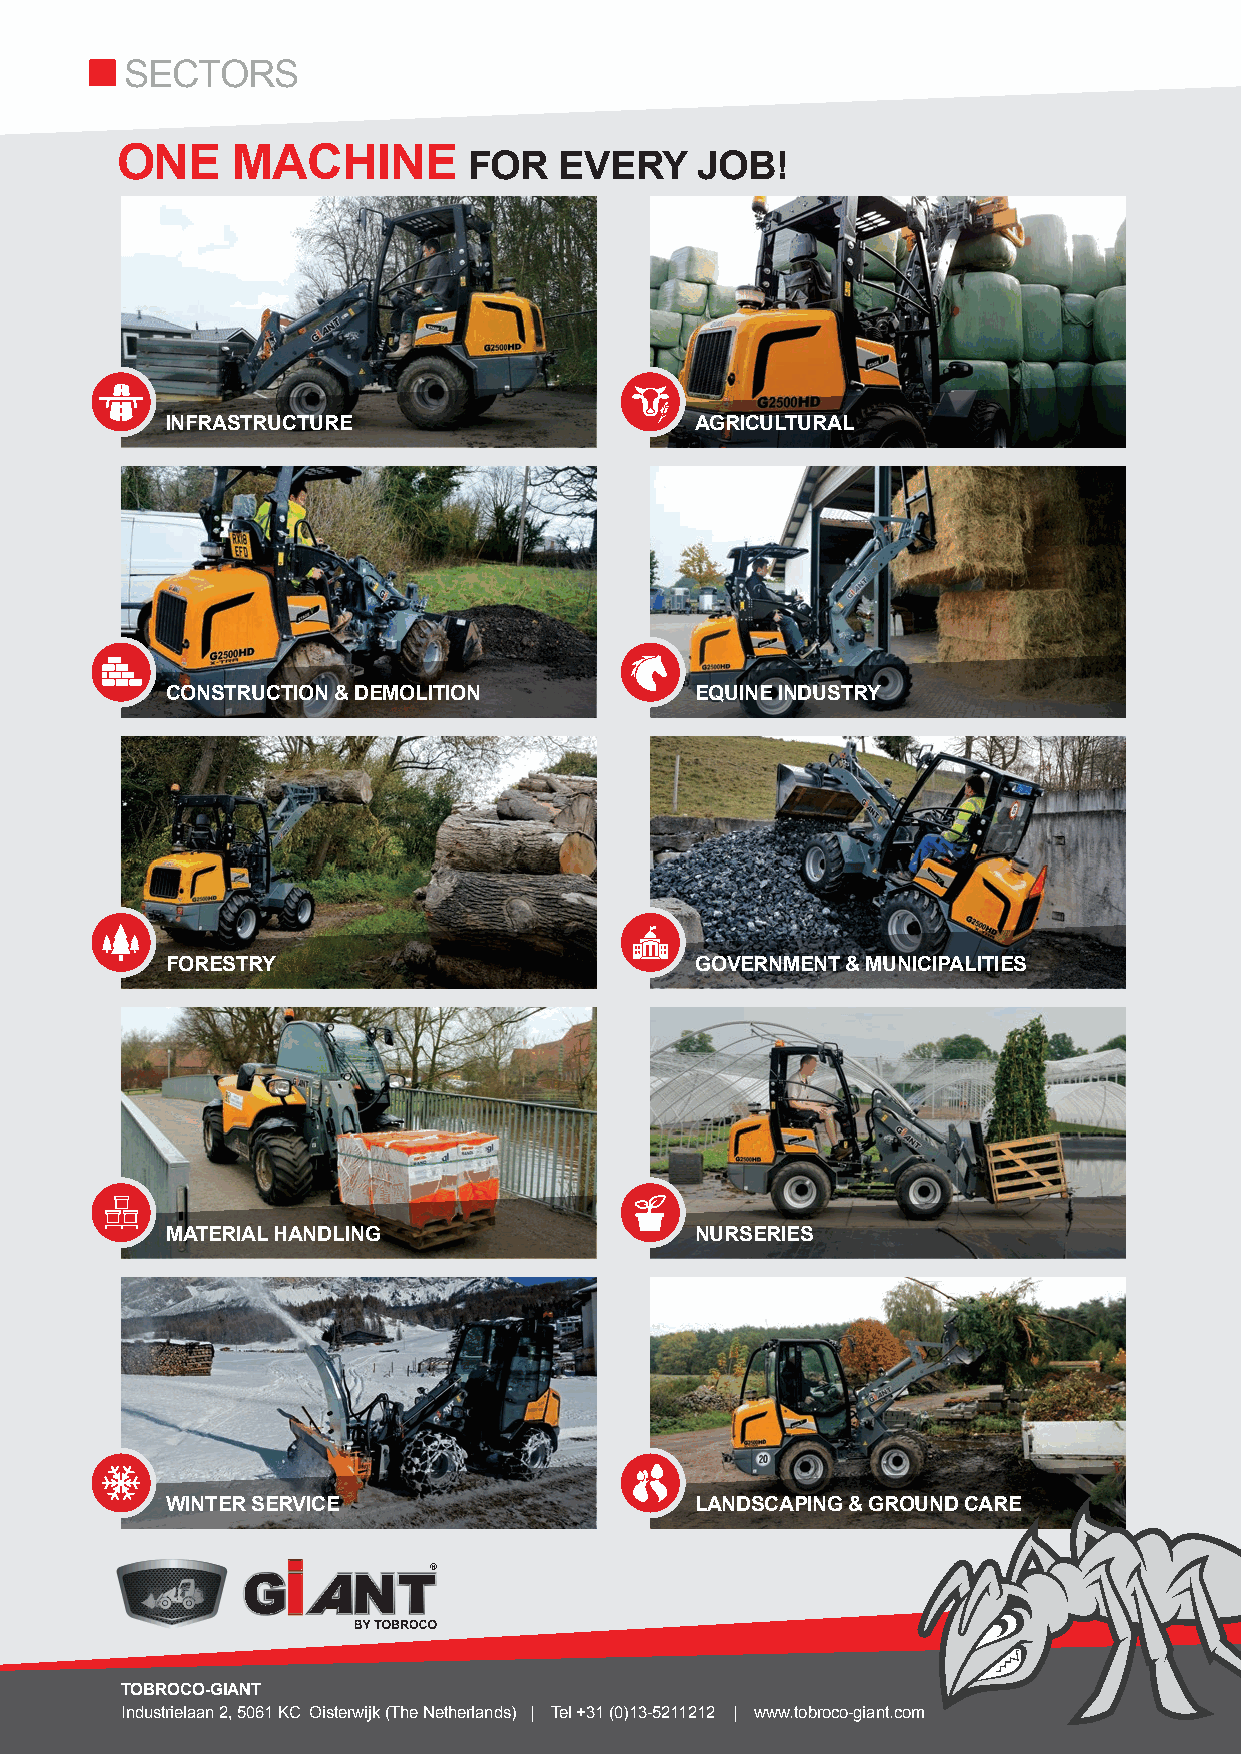
 SECTORS
 ONE    MACHINE         FOR   EVERY    JOB!
 INFRASTRUCTURE                     AGRICULTURAL
 CONSTRUCT I O N & DEMOLITION       EQUINE INDU S T RY
 FORESTRY                           GOVERNMEN T & MUNICIPALITIES
 MATERIAL HANDLING                  NURSERIES
 WINTER SERVICE                     LANDSCAPING & GROUND CARE
 TOBROCO-GIANT
 Industrielaan 2, 5061 KC Oisterwijk (The Netherlands) | Tel +31 (0)13-5211212 | www.tobroco-giant.com